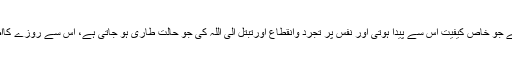
روزہ ونماز اور تلاوت قرآن کے امتزاج سے جو خاص کیفیت اِس سے پیدا ہوتی اور نفس پر تجرد وانقطاع اورتبتل الی اللہ کی جو حالت طاری ہو جاتی ہے، اُس سے روزے کااصلی مقصود درجۂ کمال پرحاصل ہوتا ہے۔